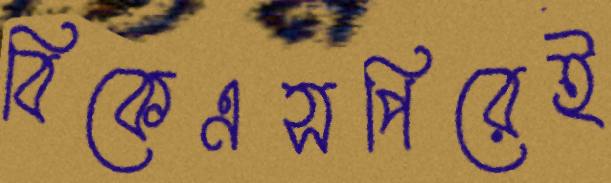
বিকেএসপিরেই